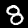
Digit: 8